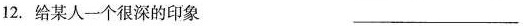
12.给某人一个很深的印象 ___